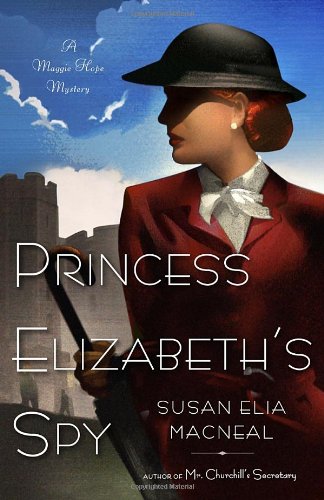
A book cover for Princess Elizabeth's Spy: A Maggie Hope Mystery; Susan Elia MacNeal; Mystery, Thriller & Suspense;